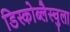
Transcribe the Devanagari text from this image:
डिस्कोब्लैस्चुला